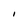
Character: I